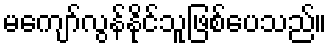
မကျော်လွန်နိုင်သူဖြစ်ပေသည်။